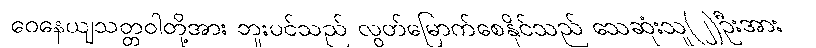
ဝေနေယျသတ္တဝါတို့အား ဘူးပင်သည် လွတ်မြောက်စေနိုင်သည် သေဆုံးသူ(၂)ဦးအား